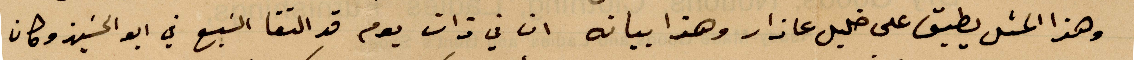
هذا المثل يطبق على خليل عازار وهذا بيانه ان في ذات يوم قد التقا السبع في أبو الحسين وكان